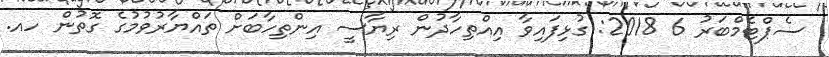
ސެޕްޓެމްބަރު 6 2018: ގުޅިފައިވާ އިއްތިހާދުން ރިޔާސީ އިންތިހާބަށް ތައްޔާރުވުމުގެ ގޮތުން ހއ.